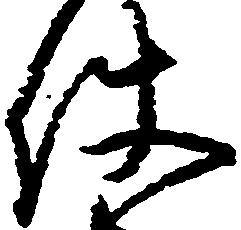
使